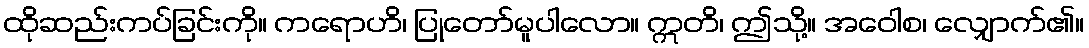
ထိုဆည်းကပ်ခြင်းကို။ ကရောဟိ၊ ပြုတော်မူပါလော။ ဣတိ၊ ဤသို့။ အဝေါစ၊ လျှောက်၏။